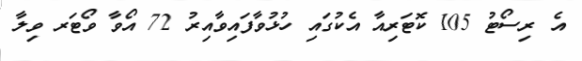
އެ ރިސޯޓު 105 ކޮޓަރިއާ އެކުގައި ހުޅުވާފައިވާއިރު 72 އޯވާ ވޯޓަރ ވިލާ